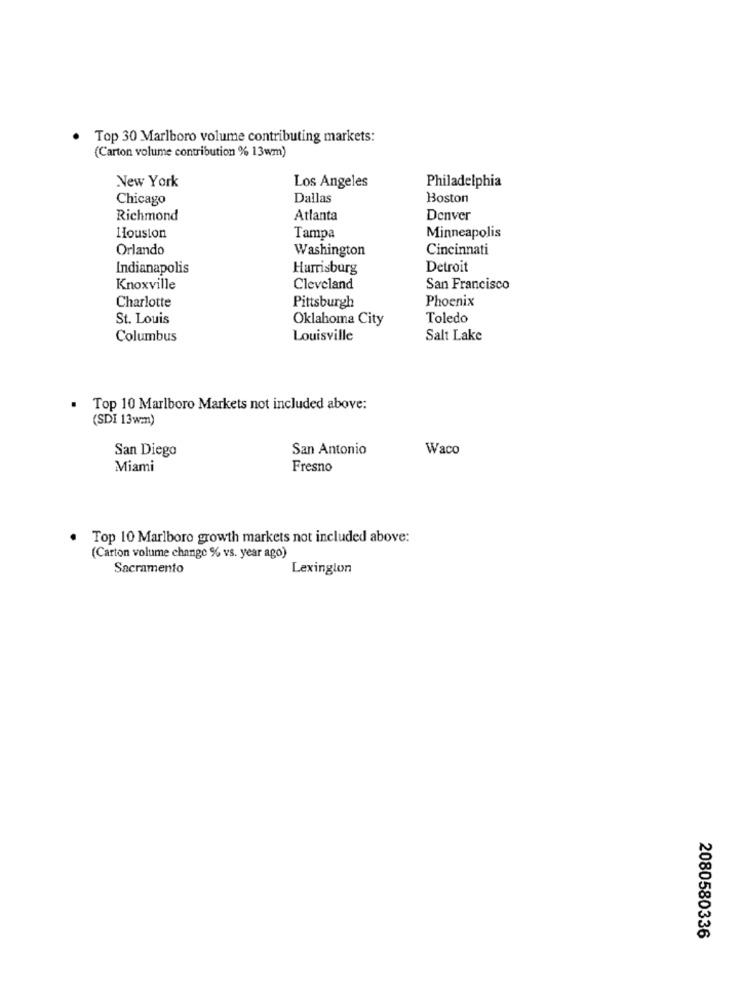
Top 30 Marlboro volume contributing markets:
(Carton volume contribution % 13wm)
New York
Los Angeles
Philadelphia
Chicago
Dallas
Boston
Richmond
Atlanta
Denver
Houston
Tampa
Minneapolis
Orlando
Washington
Cincinnati
Indianapolis
Harrisburg
Detroit
Knoxville
Cleveland
San Francisco
Phoenix
Charlotte
Pittsburgh
St. Louis
Oklahoma City
Toledo
Columbus
Louisville
Salt Lake
Top 10 Marlboro Markets not included above:
(SDI 13wmn)
San Diego
San Antonio
Waco
Miami
Fresno
Top 10 Marlboro growth markets not included above:
(Carton volume change % vs. year ago)
Sacramento
Lexington
2080580336